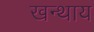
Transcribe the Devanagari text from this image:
खन्थाय